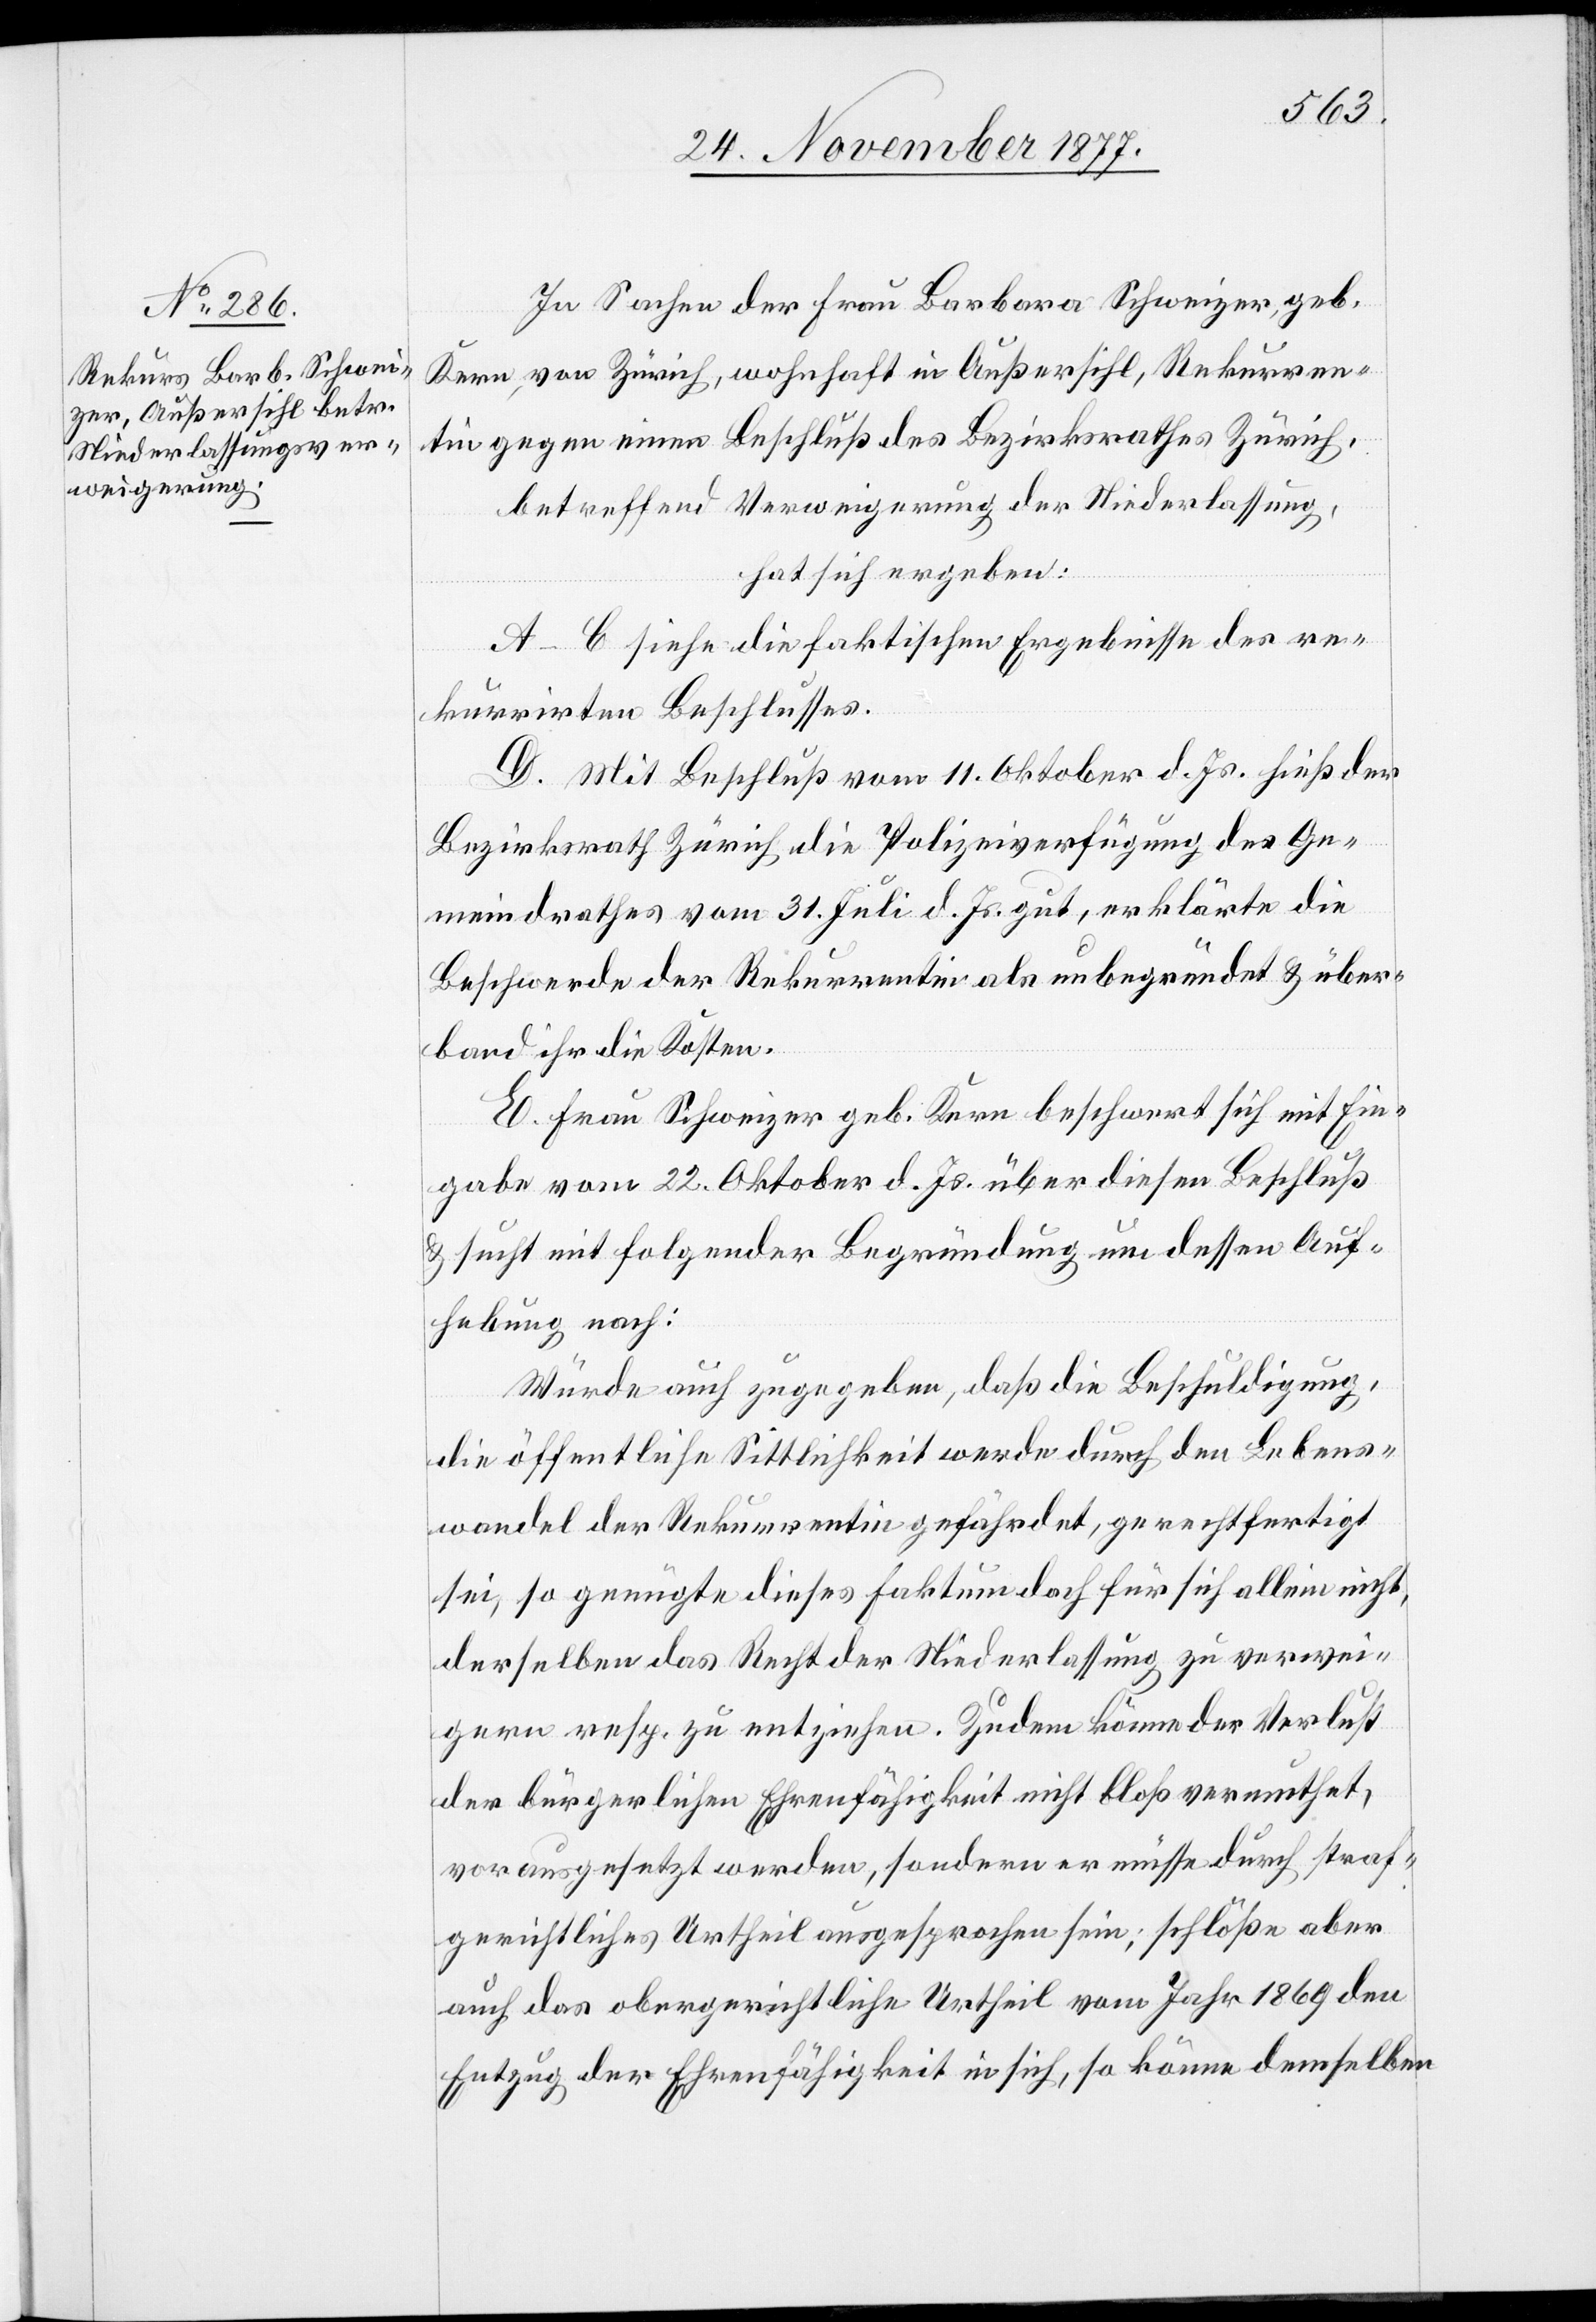
In Sachen der Frau Barbara Schweizer, geb.
Kern, von Zürich, wohnhaft in Außersihl, Rekurren¬
tin gegen einen Beschluß des Bezirksrathes Zürich,
betreffend Verweigerung der Niederlassung,
hat sich ergeben:
A–C siehe die faktischen Ergebnisse des re¬
kurrirten Beschlusses.
D. Mit Beschluß vom 11. Oktober d. Js. hieß der
Bezirksrath Zürich die Polizeiverfügung des Ge¬
meindrathes vom 31. Juli d. Js. gut, erklärte die
Beschwerde der Rekurrentin als unbegründet & über¬
band ihr die Kosten.
E. Frau Schweizer geb. Kern beschwert sich mit Ein¬
gabe vom 22. Oktober d. Js. über diesen Beschluß
& sucht mit folgender Begründung um dessen Auf¬
hebung nach:
Würde auch zugegeben, daß die Beschuldigung,
die öffentliche Sittlichkeit werde durch den Lebens¬
wandel der Rekurrentin gefährdet, gerechtfertigt
sei, so genügte dieses Faktum doch für sich allein nicht,
derselben das Recht der Niederlassung zu verwei¬
gern resp. zu entziehen. Zudem könne der Verlust
der bürgerlichen Ehrenfähigkeit nicht bloß vermuthet,
vorausgesetzt werden, sondern er müsse durch straf¬
gerichtliches Urtheil ausgesprochen sein; schlöße aber
auch das obergerichtliche Urtheil vom Jahr 1869 den
Entzug der Ehrenfähigkeit in sich, so könne demselben